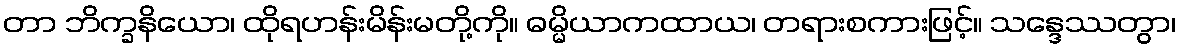
တာ ဘိက္ခနိယော၊ ထိုရဟန်းမိန်းမတို့ကို။ ဓမ္မိယာကထာယ၊ တရားစကားဖြင့်။ သန္ဒေဿတွာ၊